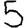
Digit: 5